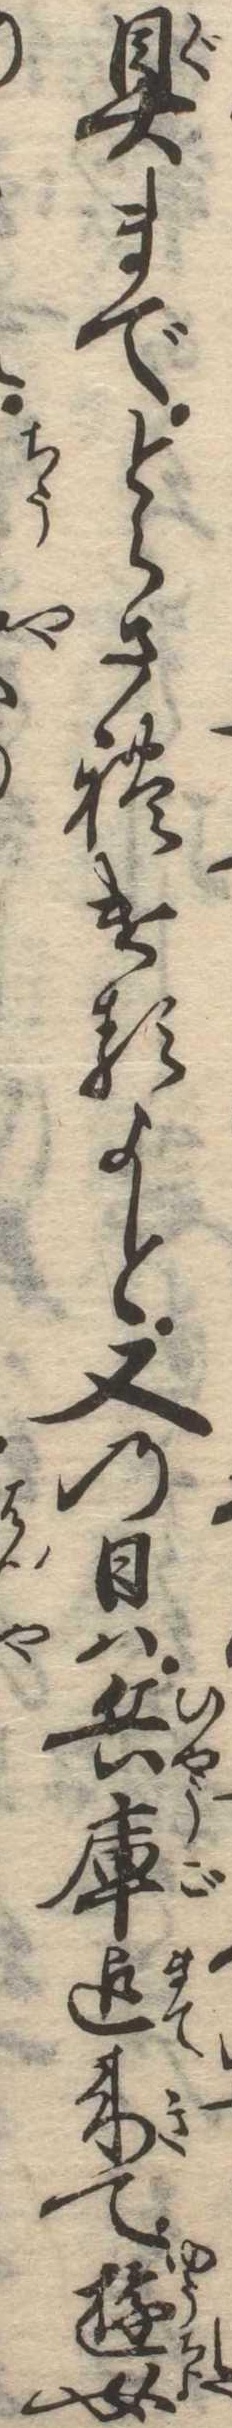
具までとらされけるよと又の日は兵庫迄来て遊女